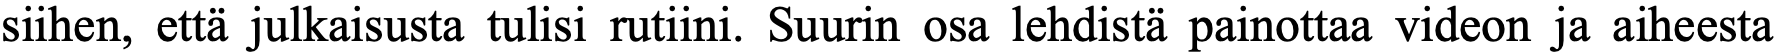
siihen, että julkaisusta tulisi rutiini. Suurin osa lehdistä painottaa videon ja aiheesta